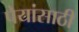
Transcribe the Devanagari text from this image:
पेयांसाठी